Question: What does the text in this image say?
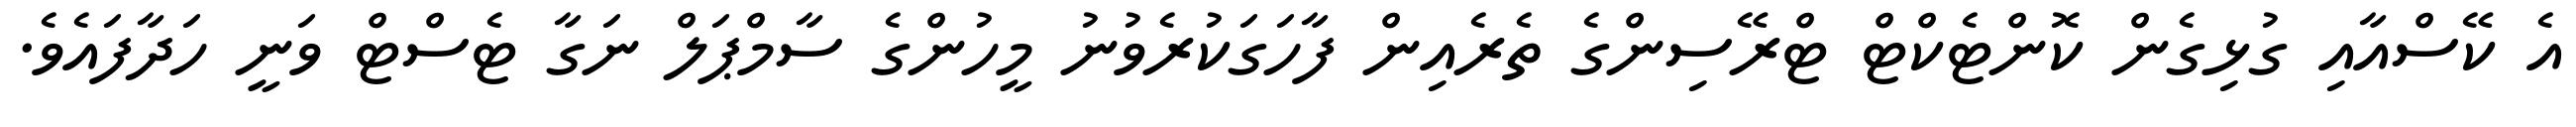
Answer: އެ ކޭސްއާއި ގުޅިގެން ކޮންޓެކްޓް ޓްރޭސިންގެ ތެރެއިން ފާހަގަކުރެވުނު މީހުންގެ ސާމްޕަލް ނަގާ ޓެސްޓް ވަނީ ހަދާފައެވެ.